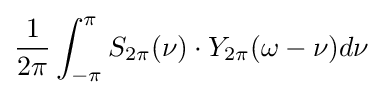
{\frac {1}{2\pi }}\int _{-\pi }^{\pi }S_{2\pi }(\nu )\cdot Y_{2\pi }(\omega -\nu )d\nu \!